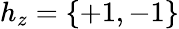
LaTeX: h_{z}=\{ +1,-1\}